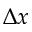
\Delta x